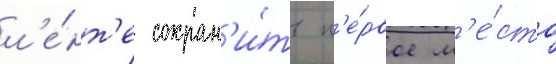
л'е́нт'е сохран'и́ть п'е́рвое м'е́сто